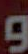
و